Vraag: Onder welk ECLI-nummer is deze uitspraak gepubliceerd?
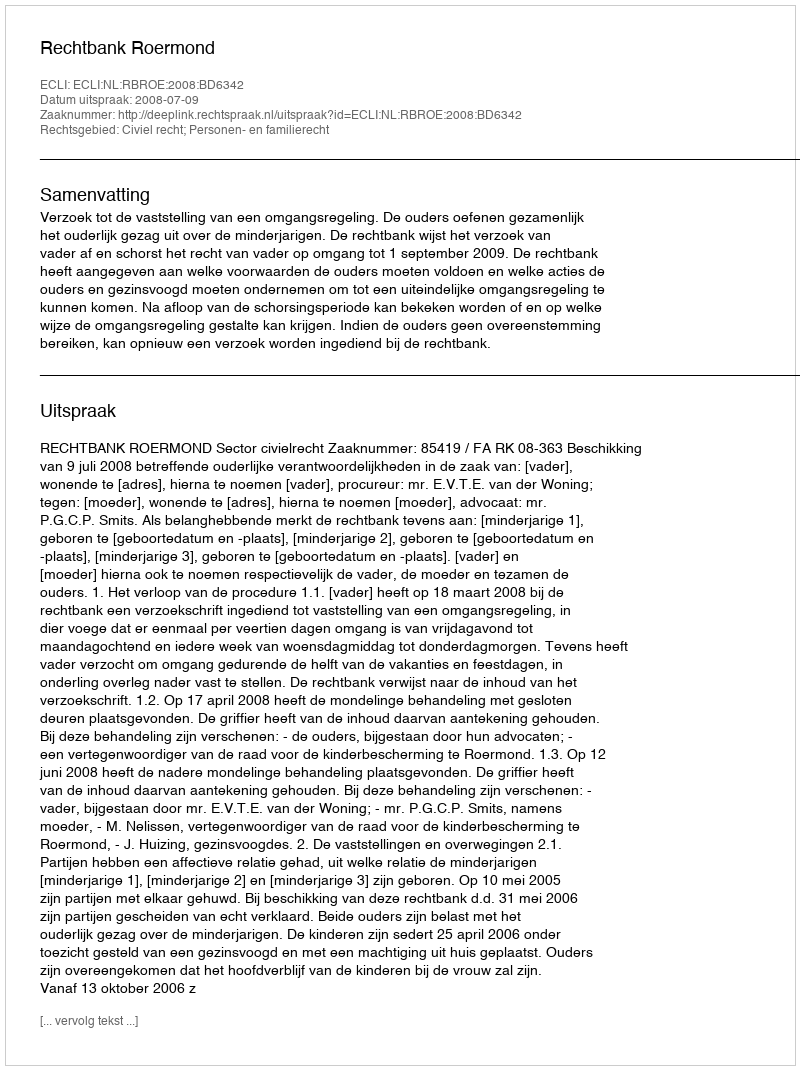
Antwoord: ECLI:NL:RBROE:2008:BD6342